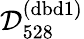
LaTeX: \mathcal{D}_{528}^{(\mathrm{dbd}1)}